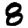
Digit: 8